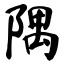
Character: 隅